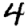
Digit: 4